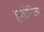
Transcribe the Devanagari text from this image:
एगोनिज्म